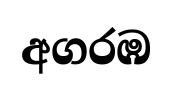
අගරඹ